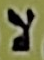
لا